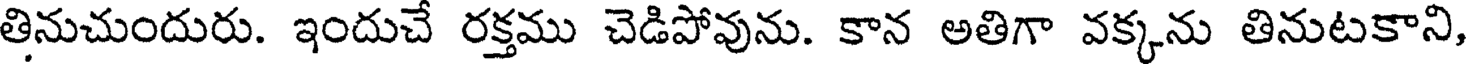
తినుచుందురు. ఇందుచే రక్తము చెడిపోవును. కాన అతిగా వక్కను తినుటకాని,